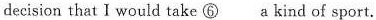
decision that I would take ⑥___a kind of sport.